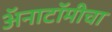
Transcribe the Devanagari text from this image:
अॅनाटॉमीचा